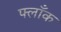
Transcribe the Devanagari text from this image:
फ्लाँक